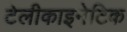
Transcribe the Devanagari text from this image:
टेलीकाइनेटिक